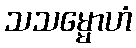
သသမ္မောဟံ